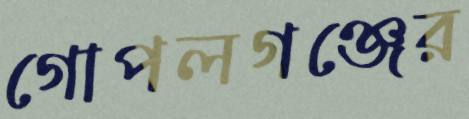
গোপলগঞ্জের